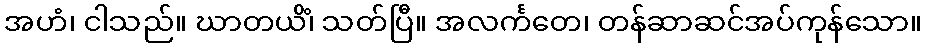
အဟံ၊ ငါသည်။ ဃာတယိံ၊ သတ်ပြီ။ အလင်္ကတေ၊ တန်ဆာဆင်အပ်ကုန်သော။